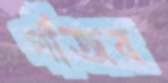
গাঁজব